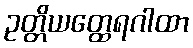
ဥတ္တိယတ္ထေရဂါထာ